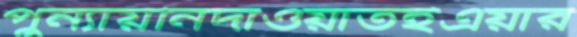
পুন্যায়নিদাওয়াতইএয়ার